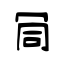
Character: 𠖄